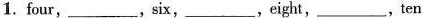
1. four, ___ ,six___,eight, ___ ,ten